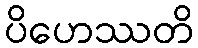
ပိဟေဿတိ